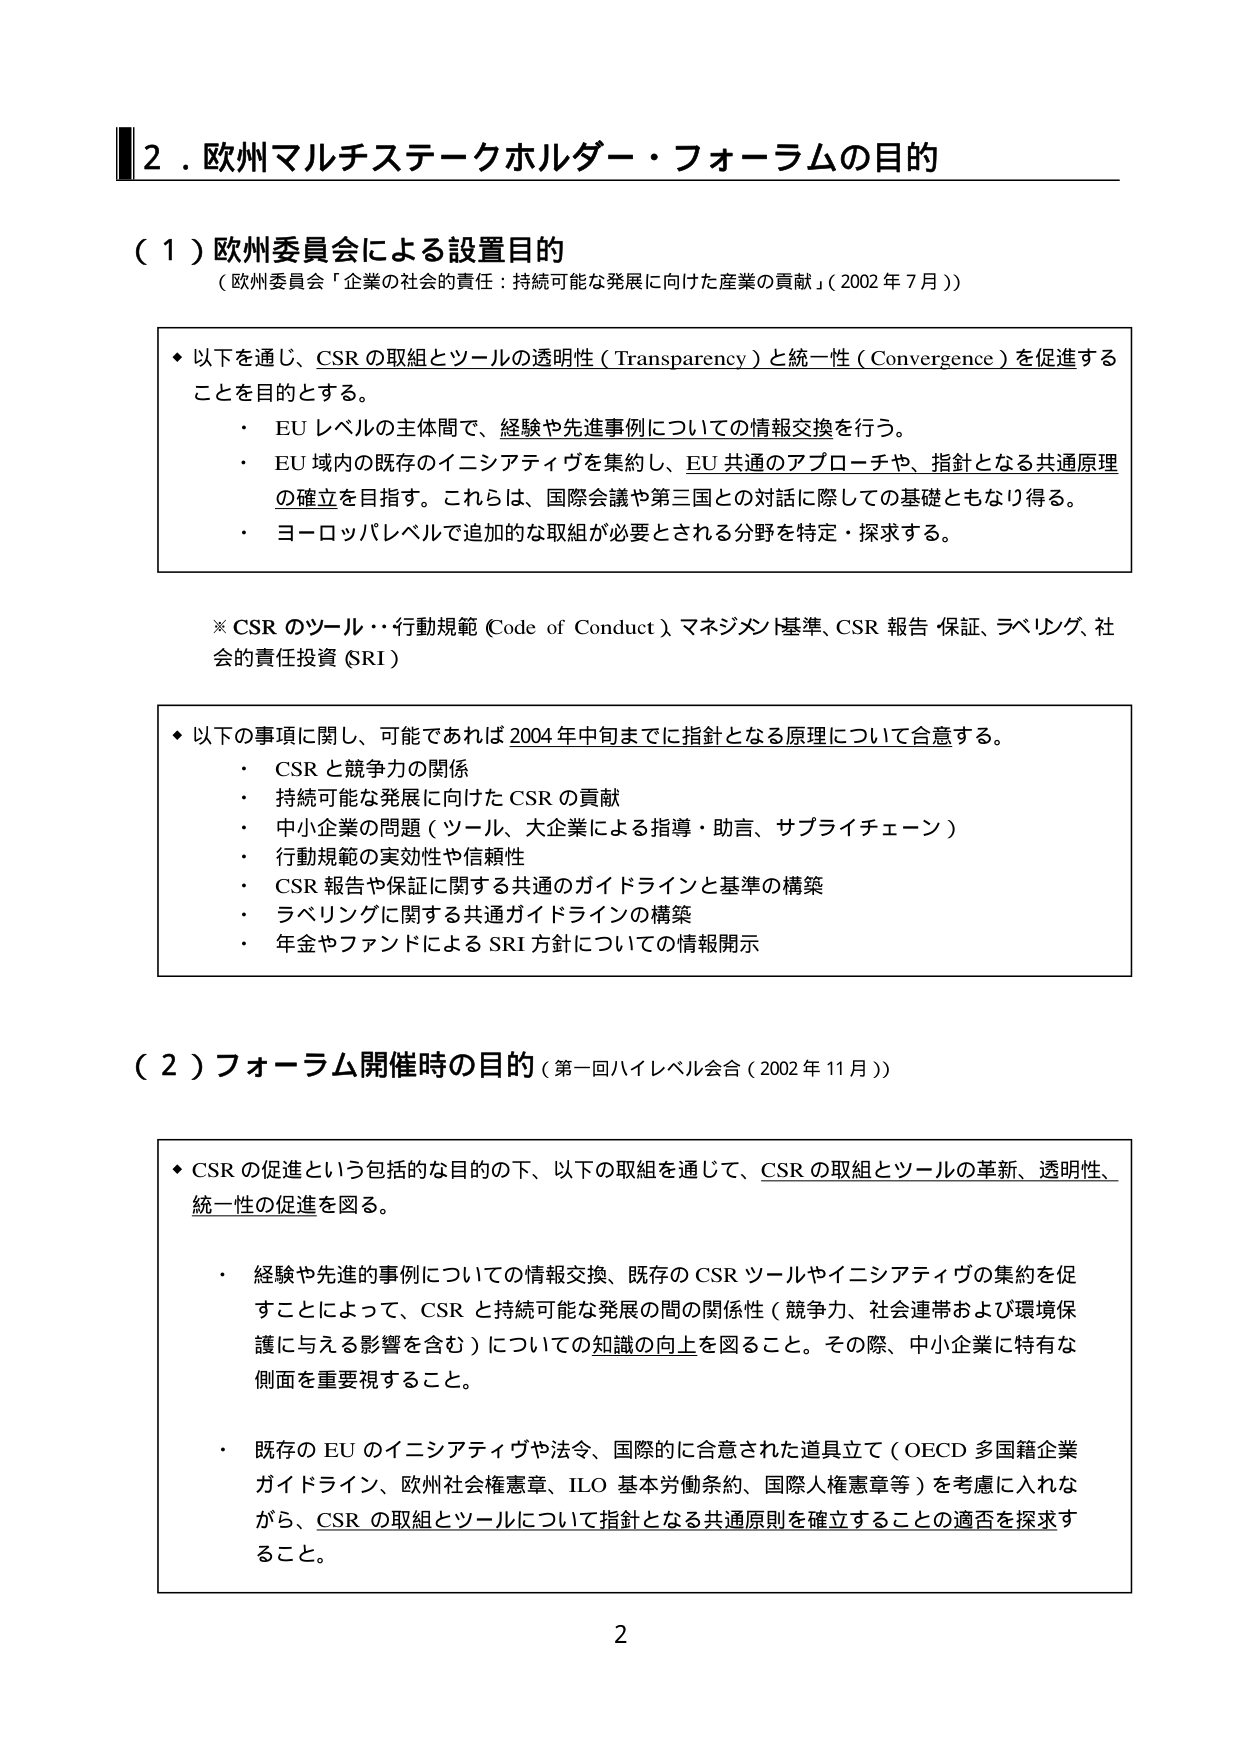
2．欧州マルチステークホルダー・フォーラムの目的

（１）欧州委員会による設置目的
（欧州委員会「企業の社会的責任：持続可能な発展に向けた産業の貢献」（2002年7月））

◆ 以下を通じ、CSRの取組とツールの透明性（Transparency）と統一性（Convergence）を促進することを目的とする。
・ EUレベルの主体間で、経験や先進事例についての情報交換を行う。
・ EU域内の既存のイニシアティヴを集約し、EU共通のアプローチや、指針となる共通原理の確立を目指す。これらは、国際会議や第三国との対話に際しての基礎ともなり得る。
・ ヨーロッパレベルで追加的な取組が必要とされる分野を特定・探求する。

※ CSRのツール・・行動規範（Code of Conduct）、マネジメント基準、CSR報告・保証、ラベリング、社会的責任投資（SRI）

◆ 以下の事項に関し、可能であれば2004年中旬までに指針となる原理について合意する。
・ CSRと競争力の関係
・ 持続可能な発展に向けたCSRの貢献
・ 中小企業の問題（ツール、大企業による指導・助言、サプライチェーン）
・ 行動規範の実効性や信頼性
・ CSR報告や保証に関する共通のガイドラインと基準の構築
・ ラベリングに関する共通ガイドラインの構築
・ 年金やファンドによるSRI方針についての情報開示

（２）フォーラム開催時の目的（第一回ハイレベル会合（2002年11月））

◆ CSRの促進という包括的な目的の下、以下の取組を通じて、CSRの取組とツールの革新、透明性、統一性の促進を図る。
・ 経験や先進的事例についての情報交換、既存のCSRツールやイニシアティヴの集約を促すことによって、CSRと持続可能な発展の間の関係性（競争力、社会連帯および環境保護に与える影響を含む）についての知識の向上を図ること。その際、中小企業に特有な側面を重要視すること。
・ 既存のEUのイニシアティヴや法令、国際的に合意された道具立て（OECD多国籍企業ガイドライン、欧州社会権憲章、ILO基本労働条約、国際人権憲章等）を考慮に入れながら、CSRの取組とツールについて指針となる共通原則を確立することの適否を探求すること。

2